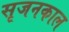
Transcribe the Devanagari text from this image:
सृजनकाल